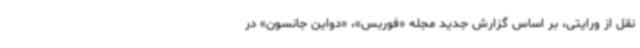
نقل از ورایتی، بر اساس گزارش جدید مجله «فوربس»، «دواین جانسون» در